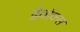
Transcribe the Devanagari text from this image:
डेवॉक्स